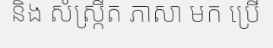
និង សំស្ក្រឹត ភាសា មក ប្រើ